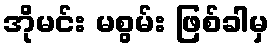
အိုမင်း မစွမ်း ဖြစ်ခါမှ